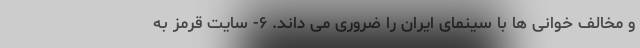
و مخالف خوانی ها با سینمای ایران را ضروری می داند. ۶- سایت قرمز به